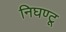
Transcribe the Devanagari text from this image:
निघण्टू